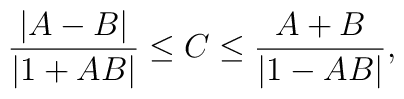
{|A-B|\over |1+AB|} \leq C \leq {A+B \over |1-AB|},